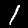
Label: 1